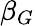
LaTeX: \beta_{G}